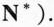
N^{*}).